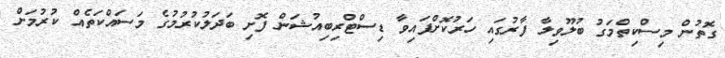
ގޮތުން މިސްކިތްމަގު ބުލޫވިލާ ފާރުގައި ހަރުކޮށްފައިވާ ޑިސްޓްރިބިއުޝަން ފޮށި ބަދަލުކުރުމުގެ މަސައްކަތެއް ކުރުމަށް